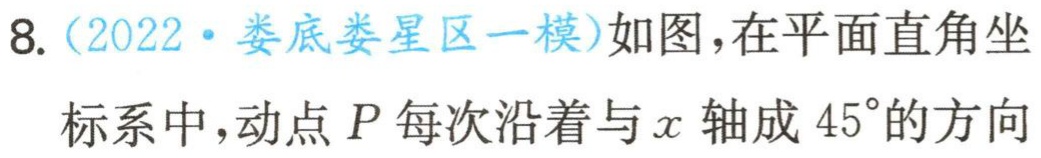
8.（2022·娄底娄星区一模）如图，在平面直角坐标系中，动点\(P\)每次沿着与\(x\)轴成\(45^{\circ}\)的方向